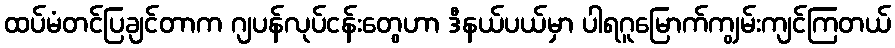
ထပ်မံတင်ပြချင်တာက ဂျပန်လုပ်ငန်းတွေဟာ ဒီနယ်ပယ်မှာ ပါရဂူမြောက်ကျွမ်းကျင်ကြတယ်